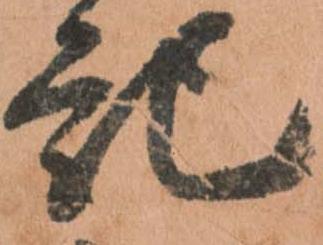
記